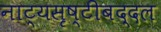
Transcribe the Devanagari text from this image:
नाट्यसृष्टीबद्दल